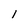
Character: 1